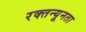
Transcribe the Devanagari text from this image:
रक्तन्यूनता